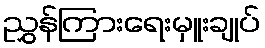
ညွှန်ကြားရေးမှူးချုပ်